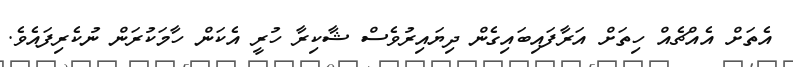
އެތަށް އެއްޗެއް ހިތަށް އަރާފައިބައިގެން ދިޔައިރުވެސް ޝާކިރާ ހުރީ އެކަން ހާމަކުރަން ނުކެރިފައެވެ.